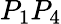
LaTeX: P_{1}P_{4}